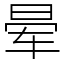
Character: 晕